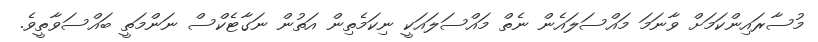
މުސާރައިންކަމަށް ވާނަމަ މައްސަލައެން ނެތް މައްސަލައަކީ ނިކަމެތިން އަތުން ނަގާޓެކްސް ނަންމަތީ ބައްސަވާތީވެ.